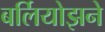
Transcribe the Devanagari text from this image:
बर्लियोझने